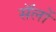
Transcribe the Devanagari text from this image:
सॅलों